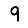
Digit: 9